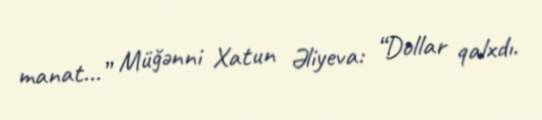
manat...” Müğənni Xatun Əliyeva: “Dollar qalxdı.